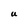
Character: U